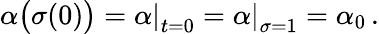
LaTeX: \alpha\big(\sigma(0)\big)=\left.\alpha\right|_{t=0}=\left.\alpha\right|_{\sigma=1}=\alpha_{0}\, .